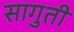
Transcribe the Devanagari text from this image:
सागुती